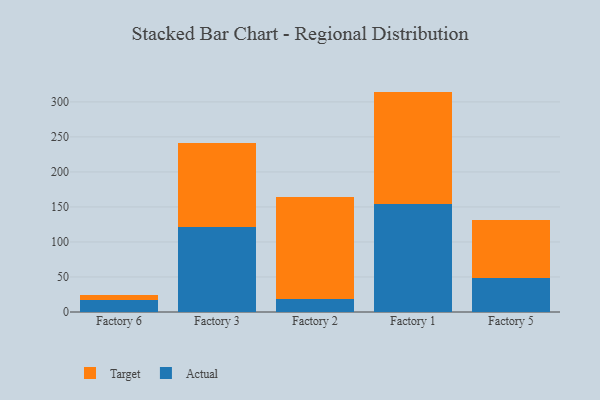
{"axis": {"x": "Factory", "y": "Operating Costs (USD K)"}, "legend": ["Actual", "Target"], "data": [{"x": "Factory 6", "y": 17.1, "type": "Actual"}, {"x": "Factory 6", "y": 7.8, "type": "Target"}, {"x": "Factory 3", "y": 121.5, "type": "Actual"}, {"x": "Factory 3", "y": 120.5, "type": "Target"}, {"x": "Factory 2", "y": 18.3, "type": "Actual"}, {"x": "Factory 2", "y": 146.1, "type": "Target"}, {"x": "Factory 1", "y": 153.7, "type": "Actual"}, {"x": "Factory 1", "y": 161.0, "type": "Target"}, {"x": "Factory 5", "y": 48.8, "type": "Actual"}, {"x": "Factory 5", "y": 82.6, "type": "Target"}]}